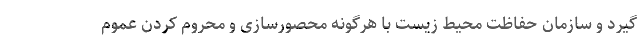
گیرد و سازمان حفاظت محیط زیست با هرگونه محصورسازی و محروم کردن عموم